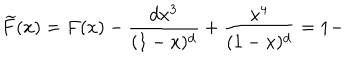
LaTeX: \widetilde { F } ( x ) = F ( x ) - \frac { d x ^ { 3 } } { ( 1 - x ) ^ { d } } + \frac { x ^ { 4 } } { ( 1 - x ) ^ { d } } = 1 -